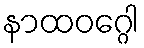
နာထဝဂ္ဂေါ